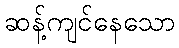
ဆန့်ကျင်နေသော